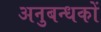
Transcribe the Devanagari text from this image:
अनुबन्धकों